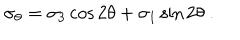
\sigma _ { \theta } = \sigma _ { 3 } \cos 2 \theta + \sigma _ { 1 } \sin 2 \theta ~ .